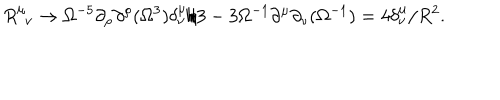
LaTeX: R _ { \phantom { \mu } \nu } ^ { \mu } \rightarrow \Omega ^ { - 5 } \partial _ { \rho } \partial ^ { \rho } ( \Omega ^ { 3 } ) \delta _ { \nu } ^ { \mu } / 3 - 3 \Omega ^ { - 1 } \partial ^ { \mu } \partial _ { \nu } ( \Omega ^ { - 1 } ) = 4 \delta _ { \nu } ^ { \mu } / R ^ { 2 } .